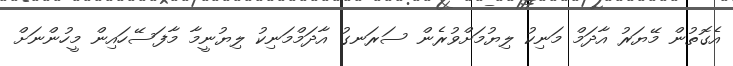
އެގޮތުން މޭޔަރު އާދަމް މަނިކު ލިޔުމަށްވުރެން ސަރަނގު އާދަމްމަނިކު ލިޔުނީމާ މާފަސޭހައިން މީހުންނަށް